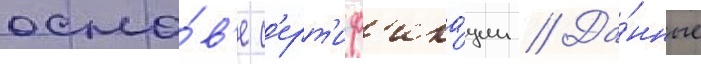
осно́в'е с'ерт'иф'ика́ции // Да́нные